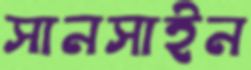
সানসাইন